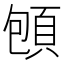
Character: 𲊬